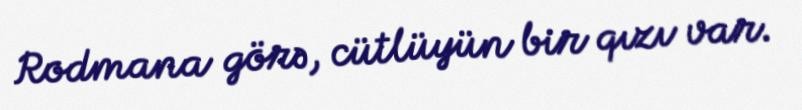
Rodmana görə, cütlüyün bir qızı var.